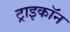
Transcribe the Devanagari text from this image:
ट्राइकॉन